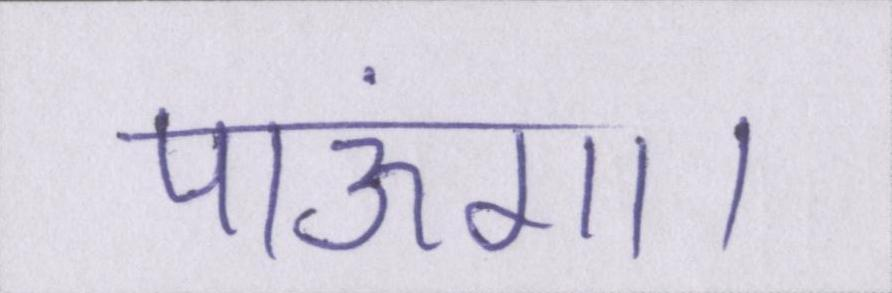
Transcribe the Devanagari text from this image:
पाऊंगा।